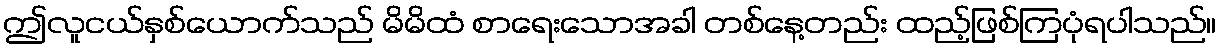
ဤလူငယ်နှစ်ယောက်သည် မိမိထံ စာရေးသောအခါ တစ်နေ့တည်း ထည့်ဖြစ်ကြပုံရပါသည်။